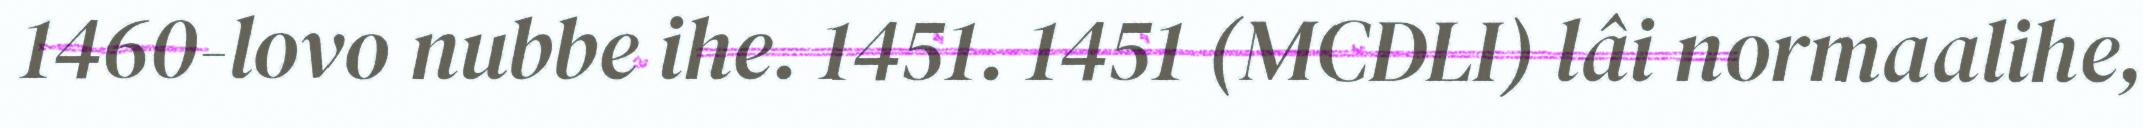
1460-lovo nubbe ihe. 1451. 1451 (MCDLI) lâi normaalihe,